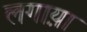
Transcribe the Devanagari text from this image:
लगाय़ा